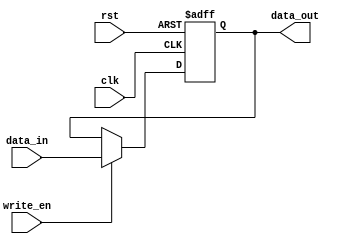
/*
 * Generated by Digital. Don't modify this file!
 * Any changes will be lost if this file is regenerated.
 */
//=========================================================================
// Name & Email must be EXACTLY as in Gradescope roster!
// Name: 
// Email: 
// 
// Assignment name: 
// Lab section: 
// TA: 
// 
// I hereby certify that I have not received assistance on this assignment,
// or used code, from ANY outside source other than the instruction team
// (apart from what was provided in the starter file).
//
//=========================================================================

//=========================================================================
//
// DO NOT CHANGE ANYTHING BELOW THIS COMMENT. IT IS PROVIDED TO MAKE SURE 
// YOUR LAB IS SUCCESSFULL. 
//
//=========================================================================

`timescale 1ns / 1ps

module gen_register (clk, rst, write_en, data_in, data_out);

parameter WORD_SIZE = 32 ; 

input wire clk , rst, write_en ;
input wire [WORD_SIZE-1:0] data_in ; 
output reg [WORD_SIZE-1:0] data_out; 

always @(posedge rst or posedge clk )
begin 

	if (rst)  begin 
		data_out <= { WORD_SIZE {1'b0} };
	end 
	else if (clk) begin
	
		if ( write_en )  begin 
			data_out  <= data_in ; 
		end 		
	end 

end 

endmodule

//=========================================================================
// Name & Email must be EXACTLY as in Gradescope roster!
// Name: 
// Email: 
// 
// Assignment name: 
// Lab section: 
// TA: 
// 
// I hereby certify that I have not received assistance on this assignment,
// or used code, from ANY outside source other than the instruction team
// (apart from what was provided in the starter file).
//
//=========================================================================

//=========================================================================
//
// DO NOT CHANGE ANYTHING BELOW THIS COMMENT. IT IS PROVIDED TO MAKE SURE 
// YOUR LAB IS SUCCESSFULL. 
//
//=========================================================================

`timescale 1ns / 1ps

`define MAX_REG 32
`define WORD_SIZE 32

module cpu_registers (
    input wire clk,	
    input wire rst , 
    input wire write_en,
    input wire [4:0] src1_addr,
    input wire [4:0] src2_addr, 
    input wire [4:0] dst_addr, 
    input wire [`WORD_SIZE-1:0]data_in    ,  
    output wire [`WORD_SIZE-1:0] src1_out  ,   
    output wire [`WORD_SIZE-1:0] src2_out  
);

// -----------------------------------------------
// Memory Words and Locations  
// ----------------------------------------------- 	
reg [`WORD_SIZE-1:0] RFILE [`MAX_REG-1:0];
integer i;

// --------------------------------------
// Read statements 
// -------------------------------------- 
assign src1_out = RFILE[src1_addr] ; 
assign src2_out = RFILE[src2_addr] ; 
	
// ---------------------------------------------
// Write  
// --------------------------------------------- 
always @(posedge clk)
begin 
    if (rst) begin 
        for (i = 0; i < `MAX_REG; i = i + 1) begin
            RFILE[i] <= { `WORD_SIZE {1'b0} } ; 
        end 
    end else begin 
        if (write_en && dst_addr !== 5'b00000) begin 
            RFILE[dst_addr] <= data_in;				
        end 	
    end
end
endmodule

//=========================================================================
// Name & Email must be EXACTLY as in Gradescope roster!
// Name: 
// Email: 
// 
// Assignment name: 
// Lab section: 
// TA: 
// 
// I hereby certify that I have not received assistance on this assignment,
// or used code, from ANY outside source other than the instruction team
// (apart from what was provided in the starter file).
//
//=========================================================================

//=========================================================================
//
// DO NOT CHANGE ANYTHING BELOW THIS COMMENT. IT IS PROVIDED TO MAKE SURE 
// YOUR LAB IS SUCCESSFULL. 
//
//=========================================================================

`timescale 1ns / 1ps

`define ALU_AND  		 4'b0000
`define ALU_OR   		 4'b0001
`define ALU_ADD  		 4'b0010
`define ALU_SUBTRACT   4'b0110
`define ALU_LESS_THAN  4'b0111
`define ALU_NOR        4'b1100

`define WORD_SIZE 32 

module alu (
	input wire [3:0] alu_control,  
	input wire [`WORD_SIZE-1:0] A, 
	input wire [`WORD_SIZE-1:0] B , 
	output reg zero, 
	output reg [`WORD_SIZE-1:0] result
);

reg [`WORD_SIZE-1:0] temp ; 

// ---------------------------------------------------------
// Parameters 
// --------------------------------------------------------- 

always @(alu_control or A or B) 
begin

	case (alu_control)   // R Type Instruction 	
		`ALU_AND :       result = A & B; 
		`ALU_OR :        result = A | B; 
		`ALU_ADD :       result = A + B; 
		`ALU_SUBTRACT :  result = A - B; 
		`ALU_NOR :       result = ~(A | B) ; 
		`ALU_LESS_THAN : result = $signed(A) < $signed(B) ?  1 : 0;
		
		default : temp = { `WORD_SIZE {1'b0} } ; 
	
	endcase

	// Final results 
	zero = (result == 0) ? 1 : 0; 
end 

endmodule


module Mux_2x1_NBits #(
    parameter Bits = 2
)
(
    input [0:0] sel,
    input [(Bits - 1):0] in_0,
    input [(Bits - 1):0] in_1,
    output reg [(Bits - 1):0] out
);
    always @ (*) begin
        case (sel)
            1'h0: out = in_0;
            1'h1: out = in_1;
            default:
                out = 'h0;
        endcase
    end
endmodule

module DIG_RAMDualAccess
#(
    parameter Bits = 8,
    parameter AddrBits = 4
)
(
    input C, // Clock signal
    input ld,
    input [(AddrBits-1):0] \1A ,
    input [(AddrBits-1):0] \2A ,
    input [(Bits-1):0] \1Din ,
    input str,
    output [(Bits-1):0] \1D ,
    output [(Bits-1):0] \2D
);
    // CAUTION: uses distributed RAM
    reg [(Bits-1):0] memory [0:((1 << AddrBits)-1)];

    assign \1D = ld? memory[\1A ] : 'hz;
    assign \2D = memory[\2A ];

    always @ (posedge C) begin
        if (str)
            memory[\1A ] <= \1Din ;
    end

endmodule



module DIG_Register_BUS #(
    parameter Bits = 1
)
(
    input C,
    input en,
    input [(Bits - 1):0]D,
    output [(Bits - 1):0]Q
);

    reg [(Bits - 1):0] state = 'h0;

    assign Q = state;

    always @ (posedge C) begin
        if (en)
            state <= D;
   end
endmodule

module if_id (
  input clk,
  input en,
  input [31:0] ip_in,
  input [31:0] in_in,
  output [31:0] ip_out,
  output [31:0] in_out
);
  // incr_pc
  DIG_Register_BUS #(
    .Bits(32)
  )
  DIG_Register_BUS_i0 (
    .D( ip_in ),
    .C( clk ),
    .en( en ),
    .Q( ip_out )
  );
  // instruction
  DIG_Register_BUS #(
    .Bits(32)
  )
  DIG_Register_BUS_i1 (
    .D( in_in ),
    .C( clk ),
    .en( en ),
    .Q( in_out )
  );
endmodule

module id_ex (
  input clk,
  input en,
  input [1:0] WB,
  input [2:0] M,
  input [3:0] EX,
  input [31:0] ip_in,
  input [31:0] rd1_in,
  input [31:0] rd2_in,
  input [31:0] iv_in,
  input [4:0] dr1_in,
  input [4:0] dr2_in,
  output [1:0] WB_out,
  output [2:0] M_out,
  output [3:0] EX_out,
  output [31:0] ip_out,
  output [31:0] rd1_out,
  output [31:0] rd2_out,
  output [31:0] iv_out,
  output [4:0] dr1_out,
  output [4:0] dr2_out
);
  DIG_Register_BUS #(
    .Bits(2)
  )
  DIG_Register_BUS_i0 (
    .D( WB ),
    .C( clk ),
    .en( en ),
    .Q( WB_out )
  );
  DIG_Register_BUS #(
    .Bits(3)
  )
  DIG_Register_BUS_i1 (
    .D( M ),
    .C( clk ),
    .en( en ),
    .Q( M_out )
  );
  DIG_Register_BUS #(
    .Bits(4)
  )
  DIG_Register_BUS_i2 (
    .D( EX ),
    .C( clk ),
    .en( en ),
    .Q( EX_out )
  );
  DIG_Register_BUS #(
    .Bits(32)
  )
  DIG_Register_BUS_i3 (
    .D( ip_in ),
    .C( clk ),
    .en( en ),
    .Q( ip_out )
  );
  DIG_Register_BUS #(
    .Bits(32)
  )
  DIG_Register_BUS_i4 (
    .D( rd1_in ),
    .C( clk ),
    .en( en ),
    .Q( rd1_out )
  );
  DIG_Register_BUS #(
    .Bits(32)
  )
  DIG_Register_BUS_i5 (
    .D( rd2_in ),
    .C( clk ),
    .en( en ),
    .Q( rd2_out )
  );
  DIG_Register_BUS #(
    .Bits(32)
  )
  DIG_Register_BUS_i6 (
    .D( iv_in ),
    .C( clk ),
    .en( en ),
    .Q( iv_out )
  );
  DIG_Register_BUS #(
    .Bits(5)
  )
  DIG_Register_BUS_i7 (
    .D( dr1_in ),
    .C( clk ),
    .en( en ),
    .Q( dr1_out )
  );
  DIG_Register_BUS #(
    .Bits(5)
  )
  DIG_Register_BUS_i8 (
    .D( dr2_in ),
    .C( clk ),
    .en( en ),
    .Q( dr2_out )
  );
endmodule
//=========================================================================
// Name & Email must be EXACTLY as in Gradescope roster!
// Name: 
// Email: 
// 
// Assignment name: 
// Lab section: 
// TA: 
// 
// I hereby certify that I have not received assistance on this assignment,
// or used code, from ANY outside source other than the instruction team
// (apart from what was provided in the starter file).
//
//=========================================================================

//=========================================================================
//
// DO NOT CHANGE ANYTHING BELOW THIS COMMENT. IT IS PROVIDED TO MAKE SURE 
// YOUR LAB IS SUCCESSFULL. 
//
//=========================================================================

`timescale 1ns / 1ps

`define OPCODE_R_TYPE       6'b000000
`define OPCODE_LOAD_WORD    6'b100011
`define OPCODE_STORE_WORD   6'b101011
`define OPCODE_BRANCH_EQ    6'b000100
`define OPCODE_ADDI         6'b001000
 
module control_unit (
 input wire[5:0] instr_op   ,   
 output reg	 reg_dst    ,    
 output reg	 branch     ,  
 output reg  mem_read   ,   
 output reg	 mem_to_reg ,   
 output reg  [1:0]	 alu_op     ,  
 output reg  mem_write  ,    
 output reg	 alu_src    ,   
 output reg	 reg_write   );

always @(*)
begin 
	
    reg_dst     = 0;
    branch      = 0;
    mem_read    = 0;
    mem_to_reg  = 0;
    alu_op      = 0;
    mem_write   = 0;
    alu_src     = 0;
    reg_write   = 0;
	 
    case (instr_op)  

	   `OPCODE_R_TYPE :        
					
					begin 	
						reg_dst    = 1;
                  reg_write  = 1;
                  alu_op     = 2;
					end 
					
      `OPCODE_ADDI : 
						begin 
						 alu_src    = 1;
                   reg_write  = 1;
						end 
                                                
      `OPCODE_LOAD_WORD :  
						 begin 
							alu_src    = 1;
                     mem_to_reg = 1;
                     reg_write  = 1;
                     mem_read   = 1;
						 end  	
                                        
      `OPCODE_STORE_WORD :
						begin 
							alu_src    = 1;
							mem_write  = 1;
						end 
                                        
      `OPCODE_BRANCH_EQ :  
		
						begin 
							reg_dst  = 1;
							branch   = 1;
                     alu_op   = 1;
						end 	
                                        
      default :    branch = 0 ; 
        
    endcase;
	 
end 

endmodule

module DIG_BitExtender #(
    parameter inputBits = 2,
    parameter outputBits = 4
)
(
    input [(inputBits-1):0] in,
    output [(outputBits - 1):0] out
);
    assign out = {{(outputBits - inputBits){in[inputBits - 1]}}, in};
endmodule



//=========================================================================
// Name & Email must be EXACTLY as in Gradescope roster!
// Name: 
// Email: 
// 
// Assignment name: 
// Lab section: 
// TA: 
// 
// I hereby certify that I have not received assistance on this assignment,
// or used code, from ANY outside source other than the instruction team
// (apart from what was provided in the starter file).
//
//=========================================================================

//=========================================================================
//
// DO NOT CHANGE ANYTHING BELOW THIS COMMENT. IT IS PROVIDED TO MAKE SURE 
// YOUR LAB IS SUCCESSFULL. 
//
//=========================================================================

`timescale 1ns / 1ps

`define FUNCT_AND   		6'b100100
`define FUNCT_OR    		6'b100101
`define FUNCT_ADD   		6'b100000
`define FUNCT_SUBTRACT 	6'b100010
`define FUNCT_LESS_THAN 6'b101010
`define FUNCT_NOR 		6'b100111

`define ALU_AND  		 4'b0000
`define ALU_OR   		 4'b0001
`define ALU_ADD  		 4'b0010
`define ALU_SUBTRACT   4'b0110
`define ALU_LESS_THAN  4'b0111
`define ALU_NOR        4'b1100

module alu_control (	
	input wire [1:0]	alu_op,	
	input wire [5:0]	funct,	
	output reg [3:0] 	alu_control   
);

always @(*)
begin
	if (alu_op==2'b00) begin // LW and SW 
		alu_control = `ALU_ADD ; 
 	end else if (alu_op==2'b01) begin  // Branch 
		alu_control = `ALU_SUBTRACT ; 
 	end else begin 
		case (funct)   // R Type Instruction 
			`FUNCT_AND : 		 alu_control = `ALU_AND ; 
			`FUNCT_OR  : 		 alu_control = `ALU_OR ; 
			`FUNCT_ADD : 		 alu_control = `ALU_ADD ; 
			`FUNCT_SUBTRACT  : alu_control = `ALU_SUBTRACT ; 
			`FUNCT_LESS_THAN : alu_control = `ALU_LESS_THAN ; 
			`FUNCT_NOR  : 		 alu_control = `ALU_NOR ; 
			default    :       alu_control = `ALU_ADD ;      
	endcase 
  end // End else 

end  // End block 

endmodule


module DIG_Register
(
    input C,
    input en,
    input D,
    output Q
);

    reg  state = 'h0;

    assign Q = state;

    always @ (posedge C) begin
        if (en)
            state <= D;
   end
endmodule

module ex_mem (
  input [1:0] WB,
  input [2:0] M,
  input [31:0] ba_in,
  input [31:0] ar_in,
  input z_in,
  input [31:0] rd2_in,
  input [4:0] dr_in,
  input en,
  input clk,
  output [1:0] WB_out,
  output [2:0] M_out,
  output [31:0] ba_out,
  output z_out,
  output [31:0] ar_out,
  output [31:0] rd2_out,
  output [4:0] dr_out
);
  DIG_Register_BUS #(
    .Bits(2)
  )
  DIG_Register_BUS_i0 (
    .D( WB ),
    .C( clk ),
    .en( en ),
    .Q( WB_out )
  );
  DIG_Register_BUS #(
    .Bits(3)
  )
  DIG_Register_BUS_i1 (
    .D( M ),
    .C( clk ),
    .en( en ),
    .Q( M_out )
  );
  DIG_Register_BUS #(
    .Bits(32)
  )
  DIG_Register_BUS_i2 (
    .D( ba_in ),
    .C( clk ),
    .en( en ),
    .Q( ba_out )
  );
  DIG_Register DIG_Register_i3 (
    .D( z_in ),
    .C( clk ),
    .en( en ),
    .Q( z_out )
  );
  DIG_Register_BUS #(
    .Bits(32)
  )
  DIG_Register_BUS_i4 (
    .D( ar_in ),
    .C( clk ),
    .en( en ),
    .Q( ar_out )
  );
  DIG_Register_BUS #(
    .Bits(32)
  )
  DIG_Register_BUS_i5 (
    .D( rd2_in ),
    .C( clk ),
    .en( en ),
    .Q( rd2_out )
  );
  DIG_Register_BUS #(
    .Bits(5)
  )
  DIG_Register_BUS_i6 (
    .D( dr_in ),
    .C( clk ),
    .en( en ),
    .Q( dr_out )
  );
endmodule

module mem_wb (
  input [1:0] WB,
  input [31:0] rd_in,
  input [31:0] ar_in,
  input [4:0] dr_in,
  input clk,
  input en,
  output [1:0] WB_out,
  output [31:0] rd_out,
  output [31:0] ar_out,
  output [4:0] dr_out
);
  DIG_Register_BUS #(
    .Bits(2)
  )
  DIG_Register_BUS_i0 (
    .D( WB ),
    .C( clk ),
    .en( en ),
    .Q( WB_out )
  );
  DIG_Register_BUS #(
    .Bits(32)
  )
  DIG_Register_BUS_i1 (
    .D( rd_in ),
    .C( clk ),
    .en( en ),
    .Q( rd_out )
  );
  DIG_Register_BUS #(
    .Bits(32)
  )
  DIG_Register_BUS_i2 (
    .D( ar_in ),
    .C( clk ),
    .en( en ),
    .Q( ar_out )
  );
  DIG_Register_BUS #(
    .Bits(5)
  )
  DIG_Register_BUS_i3 (
    .D( dr_in ),
    .C( clk ),
    .en( en ),
    .Q( dr_out )
  );
endmodule

module lab05_pipelined (
  input clk,
  input rst,
  output [31:0] PC,
  output [5:0] opcode,
  output [4:0] src1_addr,
  output [31:0] src1_out,
  output [4:0] src2_addr,
  output [31:0] src2_out,
  output [4:0] dst_addr,
  output [31:0] dst_data
);
  wire [31:0] s0;
  wire [31:0] PC_temp;
  wire [5:0] opcode_temp;
  wire s1;
  wire s2;
  wire s3;
  wire s4;
  wire s5;
  wire s6;
  wire [1:0] s7;
  wire s8;
  wire reg_write;
  wire [4:0] s9;
  wire [4:0] s10;
  wire [4:0] dst_addr_temp;
  wire [31:0] dst_data_temp;
  wire [31:0] src2_out_temp;
  wire [31:0] src2;
  wire [31:0] instr;
  wire [4:0] s11;
  wire [15:0] s12;
  wire [31:0] s13;
  wire reg_dst;
  wire [4:0] s14;
  wire [4:0] s15;
  wire [4:0] s16;
  wire [5:0] s17;
  wire [1:0] alu_op;
  wire [3:0] s18;
  wire [31:0] s19;
  wire [31:0] s20;
  wire [31:0] s21;
  wire s22;
  wire [31:0] s23;
  wire alu_src;
  wire [31:0] s24;
  wire s25;
  wire [31:0] s26;
  wire [31:0] s27;
  wire [31:0] incrPC;
  wire PCSrc;
  wire [31:0] branchAddr;
  wire [31:0] s28;
  wire [31:0] s29;
  wire [31:0] s30;
  wire s31;
  wire mem_write;
  wire mem_read;
  wire [7:0] s32;
  wire [31:0] mem_data;
  wire [7:0] s33;
  wire [31:0] data_val;
  wire [31:0] s34;
  wire [31:0] mem_addr;
  wire [31:0] s35;
  wire [1:0] s36;
  wire [2:0] s37;
  wire [3:0] s38;
  wire [1:0] s39;
  wire [2:0] s40;
  wire [3:0] s41;
  wire [1:0] s42;
  wire [2:0] s43;
  wire [4:0] s44;
  wire [1:0] s45;
  // gen_register
  gen_register gen_register_i0 (
    .clk( clk ),
    .rst( rst ),
    .write_en( clk ),
    .data_in( s0 ),
    .data_out( PC_temp )
  );
  // cpu_registers
  cpu_registers cpu_registers_i1 (
    .clk( clk ),
    .rst( rst ),
    .write_en( reg_write ),
    .src1_addr( s9 ),
    .src2_addr( s10 ),
    .dst_addr( dst_addr_temp ),
    .data_in( dst_data_temp ),
    .src1_out( src2_out_temp ),
    .src2_out( src2 )
  );
  // alu
  alu alu_i2 (
    .alu_control( 4'b10 ),
    .A( PC_temp ),
    .B( 32'b100 ),
    .result( incrPC )
  );
  assign s33 = PC_temp[9:2];
  Mux_2x1_NBits #(
    .Bits(32)
  )
  Mux_2x1_NBits_i3 (
    .sel( PCSrc ),
    .in_0( incrPC ),
    .in_1( branchAddr ),
    .out( s0 )
  );
  // cpumemory
  DIG_RAMDualAccess #(
    .Bits(32),
    .AddrBits(8)
  )
  DIG_RAMDualAccess_i4 (
    .str( mem_write ),
    .C( clk ),
    .ld( mem_read ),
    .\1A ( s32 ),
    .\1Din ( mem_data ),
    .\2A ( s33 ),
    .\1D ( data_val ),
    .\2D ( s34 )
  );
  // IF/ID
  if_id if_id_i5 (
    .clk( clk ),
    .en( clk ),
    .ip_in( incrPC ),
    .in_in( s34 ),
    .ip_out( s35 ),
    .in_out( instr )
  );
  // ID/EX
  id_ex id_ex_i6 (
    .clk( clk ),
    .en( clk ),
    .WB( s36 ),
    .M( s37 ),
    .EX( s38 ),
    .ip_in( s35 ),
    .rd1_in( src2_out_temp ),
    .rd2_in( src2 ),
    .iv_in( s13 ),
    .dr1_in( s10 ),
    .dr2_in( s11 ),
    .WB_out( s39 ),
    .M_out( s40 ),
    .EX_out( s41 ),
    .ip_out( s28 ),
    .rd1_out( s20 ),
    .rd2_out( s24 ),
    .iv_out( s19 ),
    .dr1_out( s14 ),
    .dr2_out( s15 )
  );
  assign s29[31:2] = s19[31:2];
  assign s29[1:0] = 2'b0;
  assign opcode_temp = instr[31:26];
  assign s9 = instr[25:21];
  assign s10 = instr[20:16];
  assign s11 = instr[15:11];
  assign s12 = instr[15:0];
  assign s17 = s19[5:0];
  assign reg_dst = s41[0];
  assign alu_op = s41[2:1];
  assign alu_src = s41[3];
  assign src1_addr = instr[25:21];
  assign src2_addr = instr[20:16];
  // control_unit
  control_unit control_unit_i7 (
    .instr_op( opcode_temp ),
    .reg_write( s1 ),
    .mem_to_reg( s2 ),
    .branch( s3 ),
    .mem_read( s4 ),
    .mem_write( s5 ),
    .reg_dst( s6 ),
    .alu_op( s7 ),
    .alu_src( s8 )
  );
  DIG_BitExtender #(
    .inputBits(16),
    .outputBits(32)
  )
  DIG_BitExtender_i8 (
    .in( s12 ),
    .out( s13 )
  );
  Mux_2x1_NBits #(
    .Bits(5)
  )
  Mux_2x1_NBits_i9 (
    .sel( reg_dst ),
    .in_0( s14 ),
    .in_1( s15 ),
    .out( s16 )
  );
  // alu_control
  alu_control alu_control_i10 (
    .funct( s17 ),
    .alu_op( alu_op ),
    .alu_control( s18 )
  );
  Mux_2x1_NBits #(
    .Bits(32)
  )
  Mux_2x1_NBits_i11 (
    .sel( alu_src ),
    .in_0( s24 ),
    .in_1( s19 ),
    .out( s21 )
  );
  // alu
  alu alu_i12 (
    .alu_control( 4'b10 ),
    .A( s28 ),
    .B( s29 ),
    .result( s30 )
  );
  // alu
  alu alu_i13 (
    .A( s20 ),
    .B( s21 ),
    .alu_control( s18 ),
    .zero( s22 ),
    .result( s23 )
  );
  assign s36[0] = s1;
  assign s36[1] = s2;
  assign s37[0] = s3;
  assign s37[1] = s4;
  assign s37[2] = s5;
  assign s38[0] = s6;
  assign s38[2:1] = s7;
  assign s38[3] = s8;
  // EX/MEM
  ex_mem ex_mem_i14 (
    .WB( s39 ),
    .M( s40 ),
    .ba_in( s30 ),
    .ar_in( s23 ),
    .z_in( s22 ),
    .rd2_in( s24 ),
    .dr_in( s16 ),
    .en( clk ),
    .clk( clk ),
    .WB_out( s42 ),
    .M_out( s43 ),
    .ba_out( branchAddr ),
    .z_out( s31 ),
    .ar_out( mem_addr ),
    .rd2_out( mem_data ),
    .dr_out( s44 )
  );
  assign PCSrc = (s43[0] & s31);
  // MEM/WB
  mem_wb mem_wb_i15 (
    .WB( s42 ),
    .rd_in( data_val ),
    .ar_in( mem_addr ),
    .dr_in( s44 ),
    .clk( clk ),
    .en( clk ),
    .WB_out( s45 ),
    .rd_out( s27 ),
    .ar_out( s26 ),
    .dr_out( dst_addr_temp )
  );
  assign s32 = mem_addr[7:0];
  assign mem_read = s43[1];
  assign mem_write = s43[2];
  assign reg_write = s45[0];
  assign s25 = s45[1];
  Mux_2x1_NBits #(
    .Bits(32)
  )
  Mux_2x1_NBits_i16 (
    .sel( s25 ),
    .in_0( s26 ),
    .in_1( s27 ),
    .out( dst_data_temp )
  );
  assign PC = PC_temp;
  assign opcode = opcode_temp;
  assign src1_out = src2_out_temp;
  assign src2_out = src2_out_temp;
  assign dst_addr = dst_addr_temp;
  assign dst_data = dst_data_temp;
endmodule